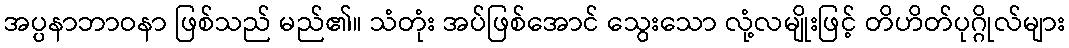
အပ္ပနာဘာဝနာ ဖြစ်သည် မည်၏။ သံတုံး အပ်ဖြစ်အောင် သွေးသော လုံ့လမျိုးဖြင့် တိဟိတ်ပုဂ္ဂိုလ်များ